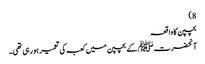
8)
بچپن کا واقعہ
آنحضرت ﷺ کے بچپن میں کعبہ کی تعمیر ہو رہی تھی۔